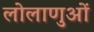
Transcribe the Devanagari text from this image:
लोलाणुओं